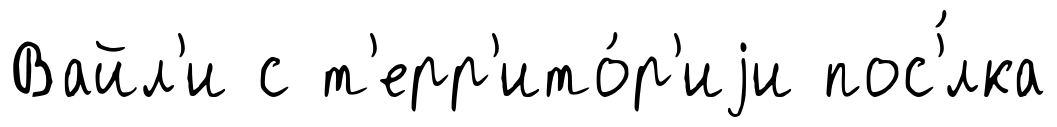
Вайл'и с т'ерр'ито́р'иjи пос'́лка